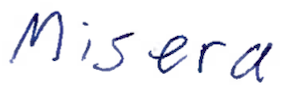
Text: Miseria
Cross-out: clean
Writing tool: ballpoint